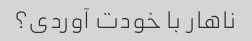
ناهار با خودت آوردی؟